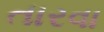
તારવા